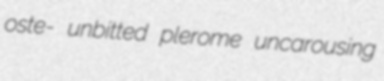
oste- unbitted plerome uncarousing